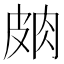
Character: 𱲃